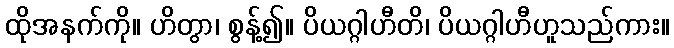
ထိုအနက်ကို။ ဟိတွာ၊ စွန့်၍။ ပိယဂ္ဂါဟီတိ၊ ပိယဂ္ဂါဟီဟူသည်ကား။